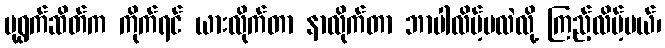
ပုရွက်ဆိတ်က ကိုက်ရင် ယားလိုက်တာ နာလိုက်တာ ဘာပါလိမ့်မလဲလို့ ကြည့်လိမ့်မယ်၊